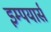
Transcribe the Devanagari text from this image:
इम्पयार्स